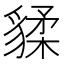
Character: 𧳨